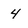
Character: 4